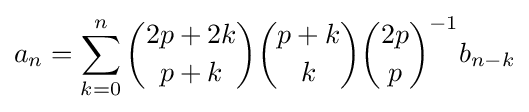
a_{n}=\sum _{k=0}^{n}{\binom {2p+2k}{p+k}}{\binom {p+k}{k}}{\binom {2p}{p}}^{-1}b_{n-k}